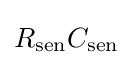
R_{\text{sen}}C_{\text{sen}}